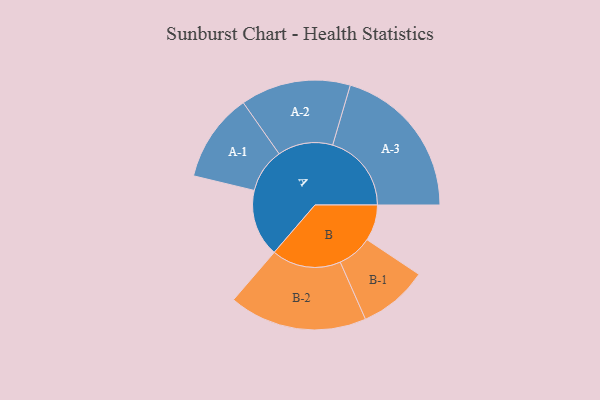
{"axis": {"x": "Segment", "y": "Value"}, "legend": ["", "A", "B"], "data": [{"x": "A", "y": 244, "type": ""}, {"x": "B", "y": 131, "type": ""}, {"x": "A-1", "y": 161, "type": "A"}, {"x": "A-2", "y": 200, "type": "A"}, {"x": "A-3", "y": 286, "type": "A"}, {"x": "B-1", "y": 126, "type": "B"}, {"x": "B-2", "y": 251, "type": "B"}]}